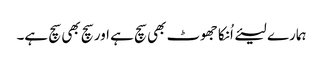
ہمارے لیئے اُنکا جھوٹ بھی سچ ہے اور سچ بھی سچ ہے۔